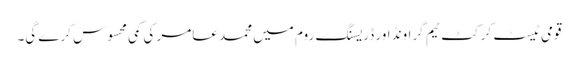
قومی ٹیسٹ کرکٹ ٹیم گراونڈ اور ڈریسنگ روم میں محمد عامر کی کمی محسوس کرے گی۔